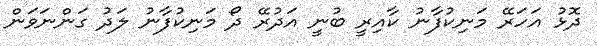
ދޮޅު އަހަރޭ މަނިކުފާނު ކާއިރީ ބުނީ އަދުރޭ ދޯ މަނިކުފާނު ލަދު ގަންނަވަން